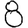
Digit: 8